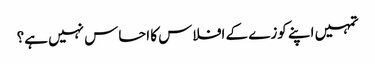
تمہیں اپنے کوزے کے افلاس کا احساس نہیں ہے؟